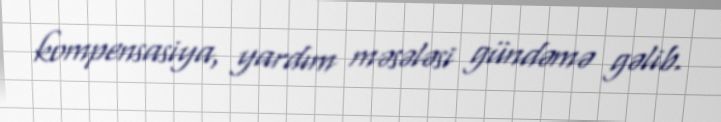
kompensasiya, yardım məsələsi gündəmə gəlib.